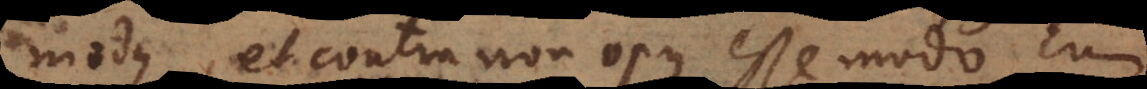
modus, et contra non opus esse modo cum